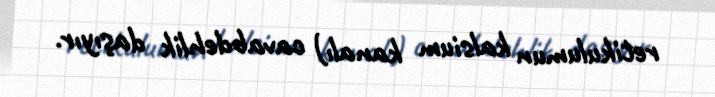
retikulumun kalsium kanalı) cavabdehlik daşıyır.